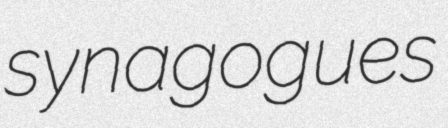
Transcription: synagogues